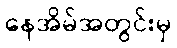
နေအိမ်အတွင်းမှ